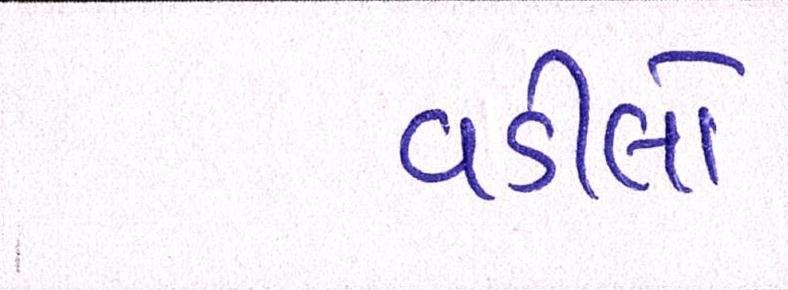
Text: વડીલો